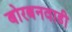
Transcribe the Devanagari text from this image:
बोरबनवाडी